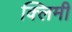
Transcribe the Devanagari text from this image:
क्लिमी